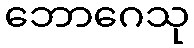
ဘောဂေသု